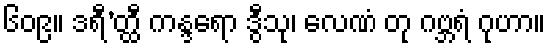
၆၀၉။ ဒရီ’တ္ထီ ကန္ဒရော ဒွီသု၊ လေဏံ တု ဂဗ္ဘရံ ဂုဟာ။